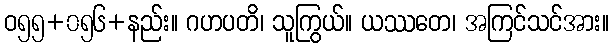
ဝ၅၅+၀၅၆+နည်း။ ဂဟပတိ၊ သူကြွယ်။ ယဿတေ၊ အကြင်သင်အား။